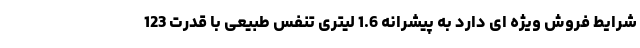
شرایط فروش ویژه ای دارد به پیشرانه 1.6 لیتری تنفس طبیعی با قدرت 123